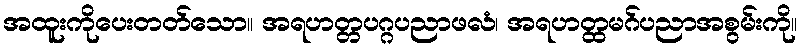
အထူးကိုပေးတတ်သော။ အရဟတ္တပဂ္ဂပညာဖလံ၊ အရဟတ္ထမဂ်ပညာအစွမ်းကို။